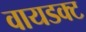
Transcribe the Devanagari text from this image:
वायडक्ट